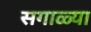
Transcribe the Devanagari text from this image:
सगाळ्या